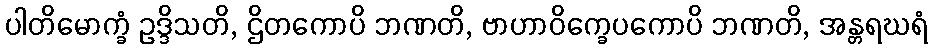
ပါတိမောက္ခံ ဥဒ္ဒိသတိ, ဌိတကောပိ ဘဏတိ, ဗာဟာဝိက္ခေပကောပိ ဘဏတိ, အန္တရဃရံ